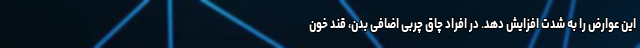
این عوارض را به شدت افزایش دهد. در افراد چاق چربی اضافی بدن، قند خون